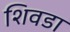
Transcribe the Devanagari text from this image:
शिवडा